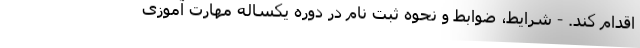
اقدام کند. - شرایط، ضوابط و نحوه ثبت نام در دوره یکساله مهارت آموزی